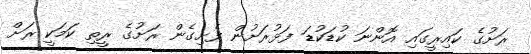
ރަށުގެ ކައިރީގައި އޮންނަ ކުޑަކުޑަ ފަޅުރަށުން ފެށިގެން ރަށުގެ ރީތި ކަމަކީ ރަށް